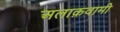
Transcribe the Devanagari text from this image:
अलाक़वामी